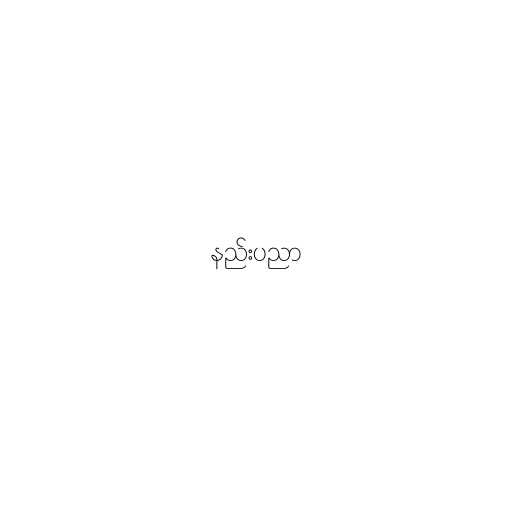
နည်းပညာ